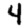
Digit: 4